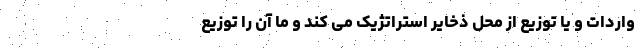
واردات و یا توزیع از محل ذخایر استراتژیک می کند و ما آن را توزيع